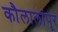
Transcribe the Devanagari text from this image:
कौलालांपूर